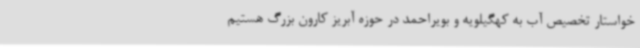
خواستار تخصیص آب به کهگیلویه و بویراحمد در حوزه آبریز کارون بزرگ هستیم